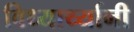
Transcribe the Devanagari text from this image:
विध्यार्थ्यानी